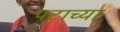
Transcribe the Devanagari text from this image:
पटाच्या